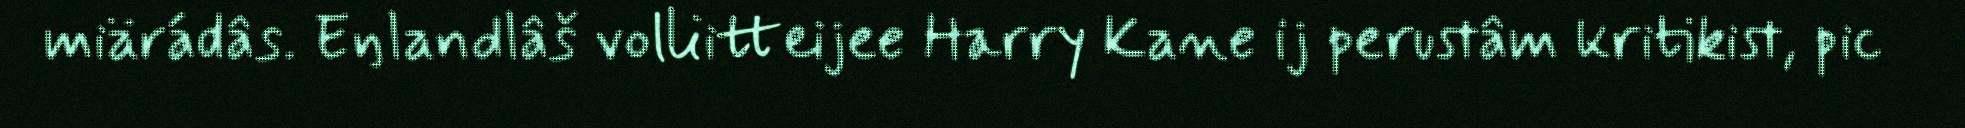
miärádâs. Eŋlandlâš volliitteijee Harry Kane ij perustâm kritikist, pic